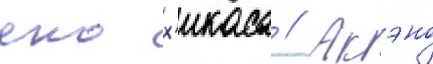
еко х'икаса // Акэно